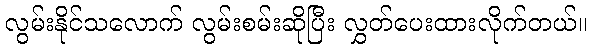
လွမ်းနိုင်သလောက် လွမ်းစမ်းဆိုပြီး လွှတ်ပေးထားလိုက်တယ်။